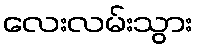
လေးလမ်းသွား